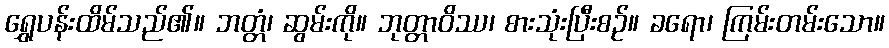
ရွှေပန်းထိမ်သည်၏။ ဘတ္တံ၊ ဆွမ်းကို။ ဘုတ္တာဝိဿ၊ စားသုံးပြီးစဉ်။ ခရော၊ ကြမ်းတမ်းသော။